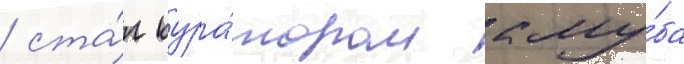
/ ста́л кура́тором клу́ба